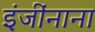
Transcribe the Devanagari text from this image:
इंजींनाना